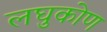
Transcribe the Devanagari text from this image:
लघुकोण